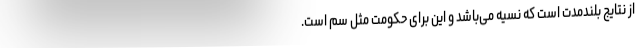
از نتایج بلندمدت است که نسیه می‌باشد و این برای حکومت مثل سم است.